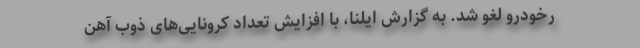
رخودرو لغو شد. به گزارش ایلنا، با افزایش تعداد کرونایی‌های ذوب آهن